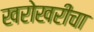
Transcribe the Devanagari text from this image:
खरोखरीचा